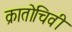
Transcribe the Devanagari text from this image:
क्रातोचिवी